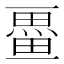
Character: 𭻩